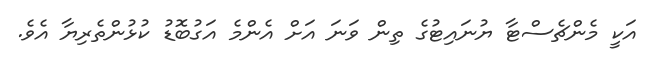
އަކީ މެންޗެސްޓާ ޔުނައިޓުގެ ތިން ވަނަ އަށް އެންމެ އަގުބޮޑު ކުޅުންތެރިޔާ އެވެ.